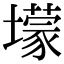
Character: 𡒯